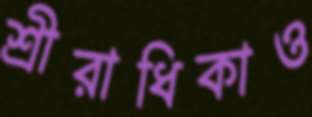
শ্রীরাধিকাও